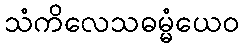
သံကိလေသဓမ္မံယေဝ